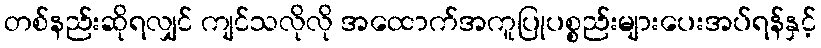
တစ်နည်းဆိုရလျှင် ကျင်သလိုလို အထောက်အကူပြုပစ္စည်းများပေးအပ်ရန်နှင့်